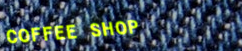
COFFEE SHOP